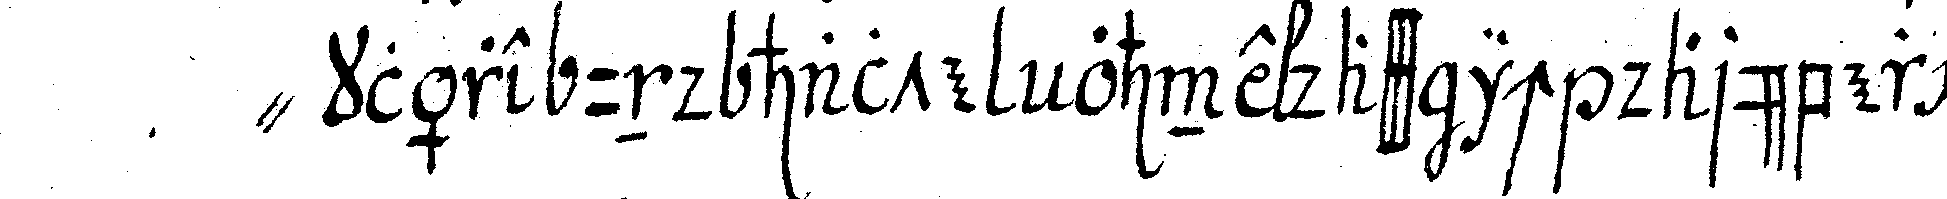
" kläre und halte ohne dass ich darüber mich